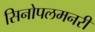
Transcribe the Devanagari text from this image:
सिनोपलमनरी